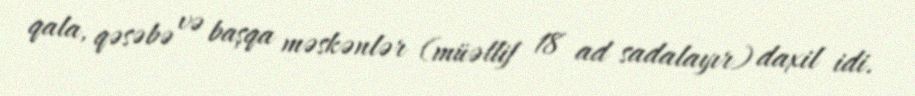
qala, qəsəbə və başqa məskənlər (müəllif 18 ad sadalayır) daxil idi.